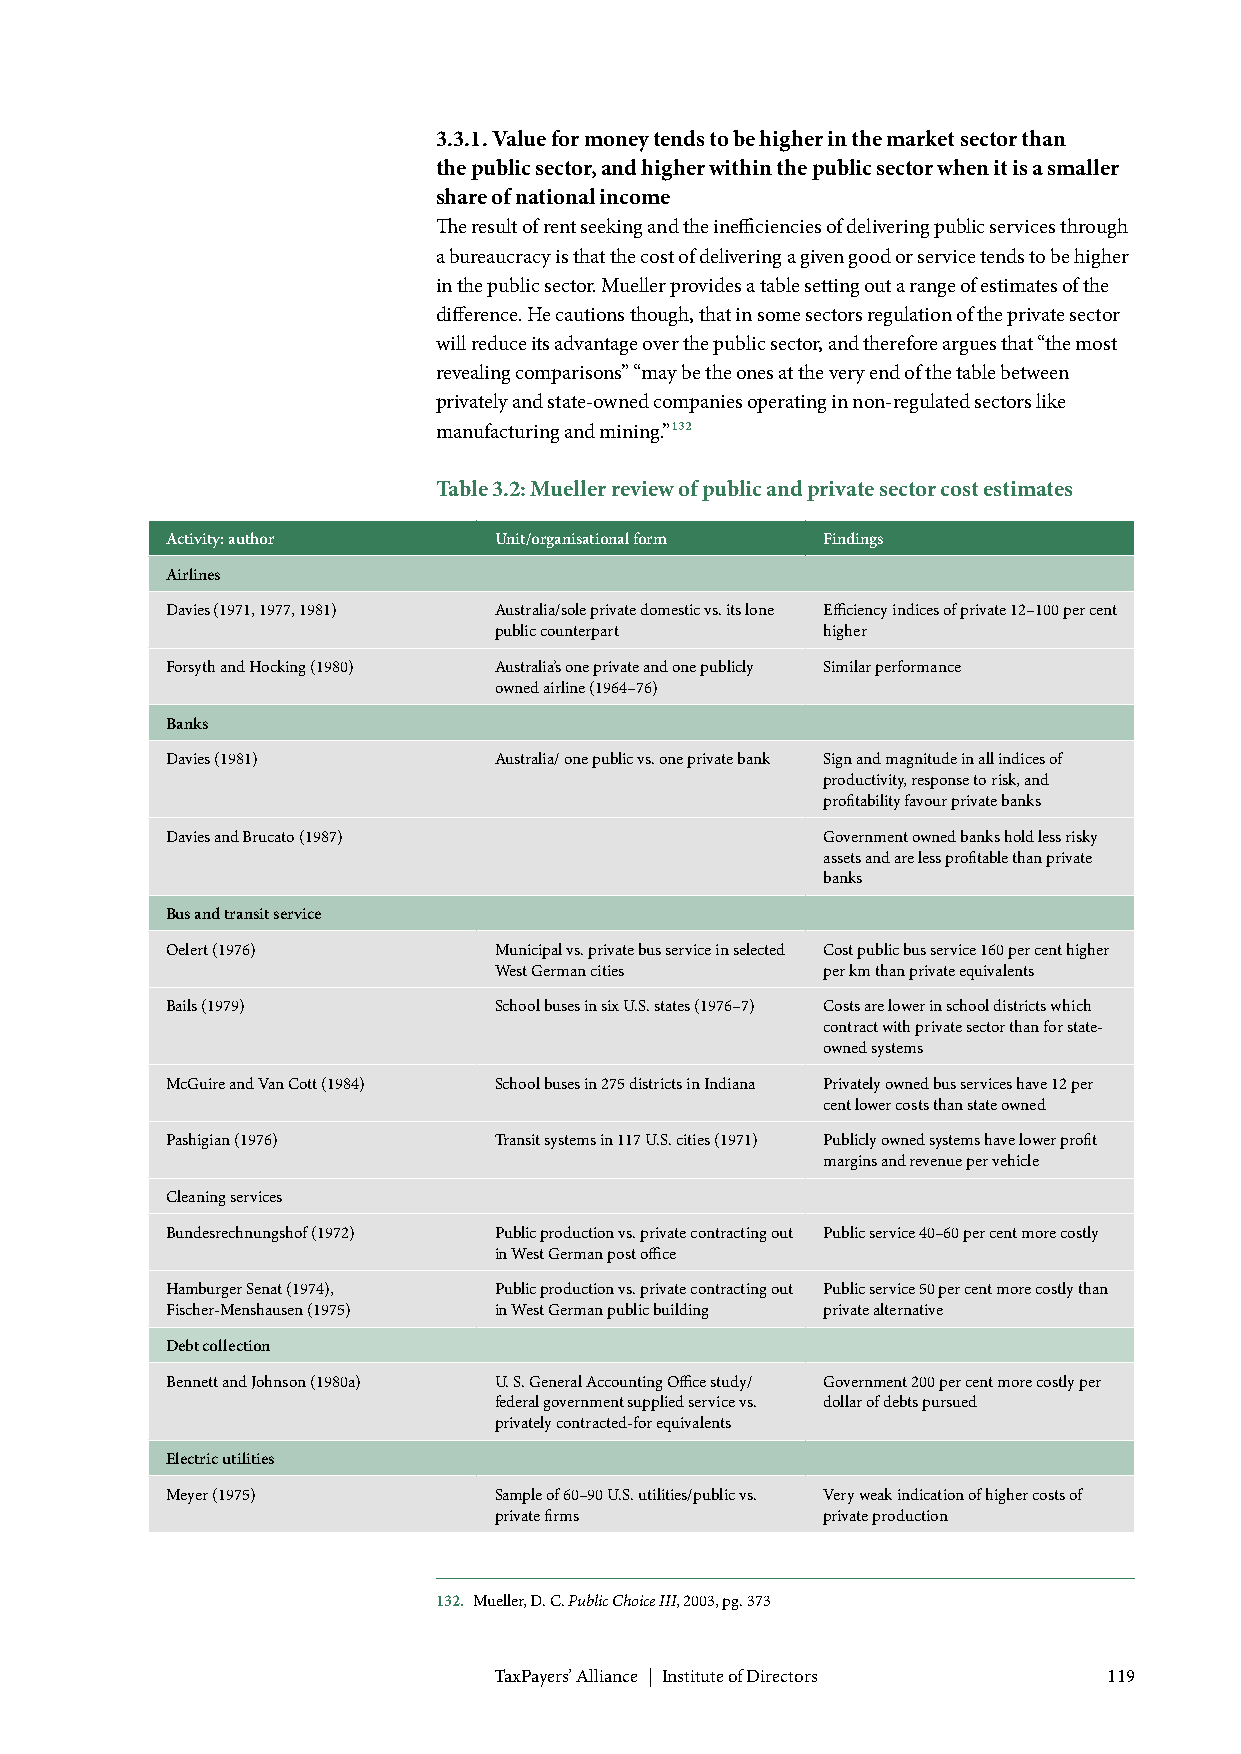
3.3.1. Value for money tends to be higher in the market sector than
 the public sector, and higher within the public sector when it is a smaller
 share of national income
 The result of rent seeking and the inefficiencies of delivering public services through
 a bureaucracy is that the cost of delivering a given good or service tends to be higher
 in the public sector. Mueller provides a table setting out a range of estimates of the
 difference. He cautions though, that in some sectors regulation of the private sector
 will reduce its advantage over the public sector, and therefore argues that “the most
 revealing comparisons” “may be the ones at the very end of the table between
 privately and state-owned companies operating in non-regulated sectors like
 manufacturing and mining.”132
 Table 3.2: Mueller review of public and private sector cost estimates
 Activity: author      Unit/organisational form Findings
 Airlines
 Davies (1971, 1977, 1981) Australia/sole private domestic vs. its lone Efficiency indices of private 12–100 per cent
 public counterpart   higher
 Forsyth and Hocking (1980) Australia’s one private and one publicly Similar performance
 owned airline (1964–76)
 Banks
 Davies (1981)         Australia/ one public vs. one private bank Sign and magnitude in all indices of
 productivity, response to risk, and
 profitability favour private banks
 Davies and Brucato (1987)                  Government owned banks hold less risky
 assets and are less profitable than private
 banks
 Bus and transit service
 Oelert (1976)         Municipal vs. private bus service in selected Cost public bus service 160 per cent higher
 West German cities   per km than private equivalents
 Bails (1979)          School buses in six U.S. states (1976–7) Costs are lower in school districts which
 contract with private sector than for state-
 owned systems
 McGuire and Van Cott (1984) School buses in 275 districts in Indiana Privately owned bus services have 12 per
 cent lower costs than state owned
 Pashigian (1976)      Transit systems in 117 U.S. cities (1971) Publicly owned systems have lower profit
 margins and revenue per vehicle
 Cleaning services
 Bundesrechnungshof (1972) Public production vs. private contracting out Public service 40–60 per cent more costly
 in West German post office
 Hamburger Senat (1974), Public production vs. private contracting out Public service 50 per cent more costly than
 Fischer-Menshausen (1975) in West German public building private alternative
 Debt collection
 Bennett and Johnson (1980a) U. S. General Accounting Office study/ Government 200 per cent more costly per
 federal government supplied service vs. dollar of debts pursued
 privately contracted-for equivalents
 Electric utilities
 Meyer (1975)          Sample of 60–90 U.S. utilities/public vs. Very weak indication of higher costs of
 private firms        private production
 132. Mueller, D. C. Public Choice III, 2003, pg. 373
 TaxPayers’ Alliance | Institute of Directors 119